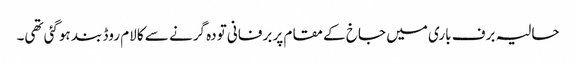
حالیہ برف باری میں جاخ کے مقام پر برفانی تودہ گرنے سے کالام روڈ بند ہوگئی تھی۔